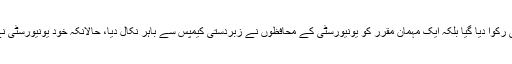
نہ صرف تقریب کو زبردستی رکوا دیا گیا بلکہ ایک مہمان مقرر کو یونیورسٹی کے محافظوں نے زبردستی کیمپس سے باہر نکال دیا، حالانکہ خود یونیورسٹی نے اس کو مدعو کر رکھا تھا۔